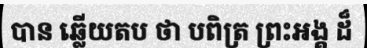
បាន ឆ្លើយតប ថា បពិត្រ ព្រះអង្គ ដ៏